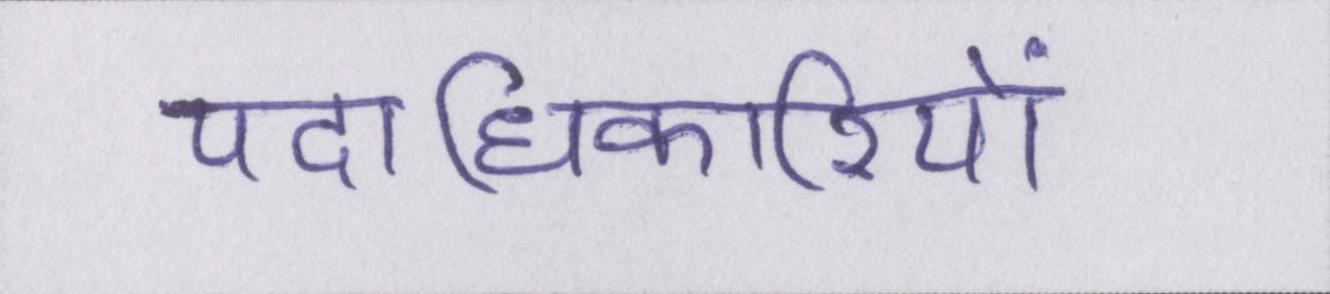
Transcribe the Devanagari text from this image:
पदाधिकारियों